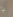
يا